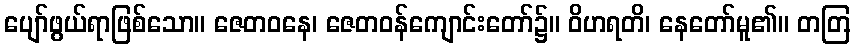
ပျော်ဖွယ်ရာဖြစ်သော။ ဇေတဝနေ၊ ဇေတဝန်ကျောင်းတော်၌။ ဝိဟရတိ၊ နေတော်မူ၏။ တတြ